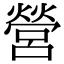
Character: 營